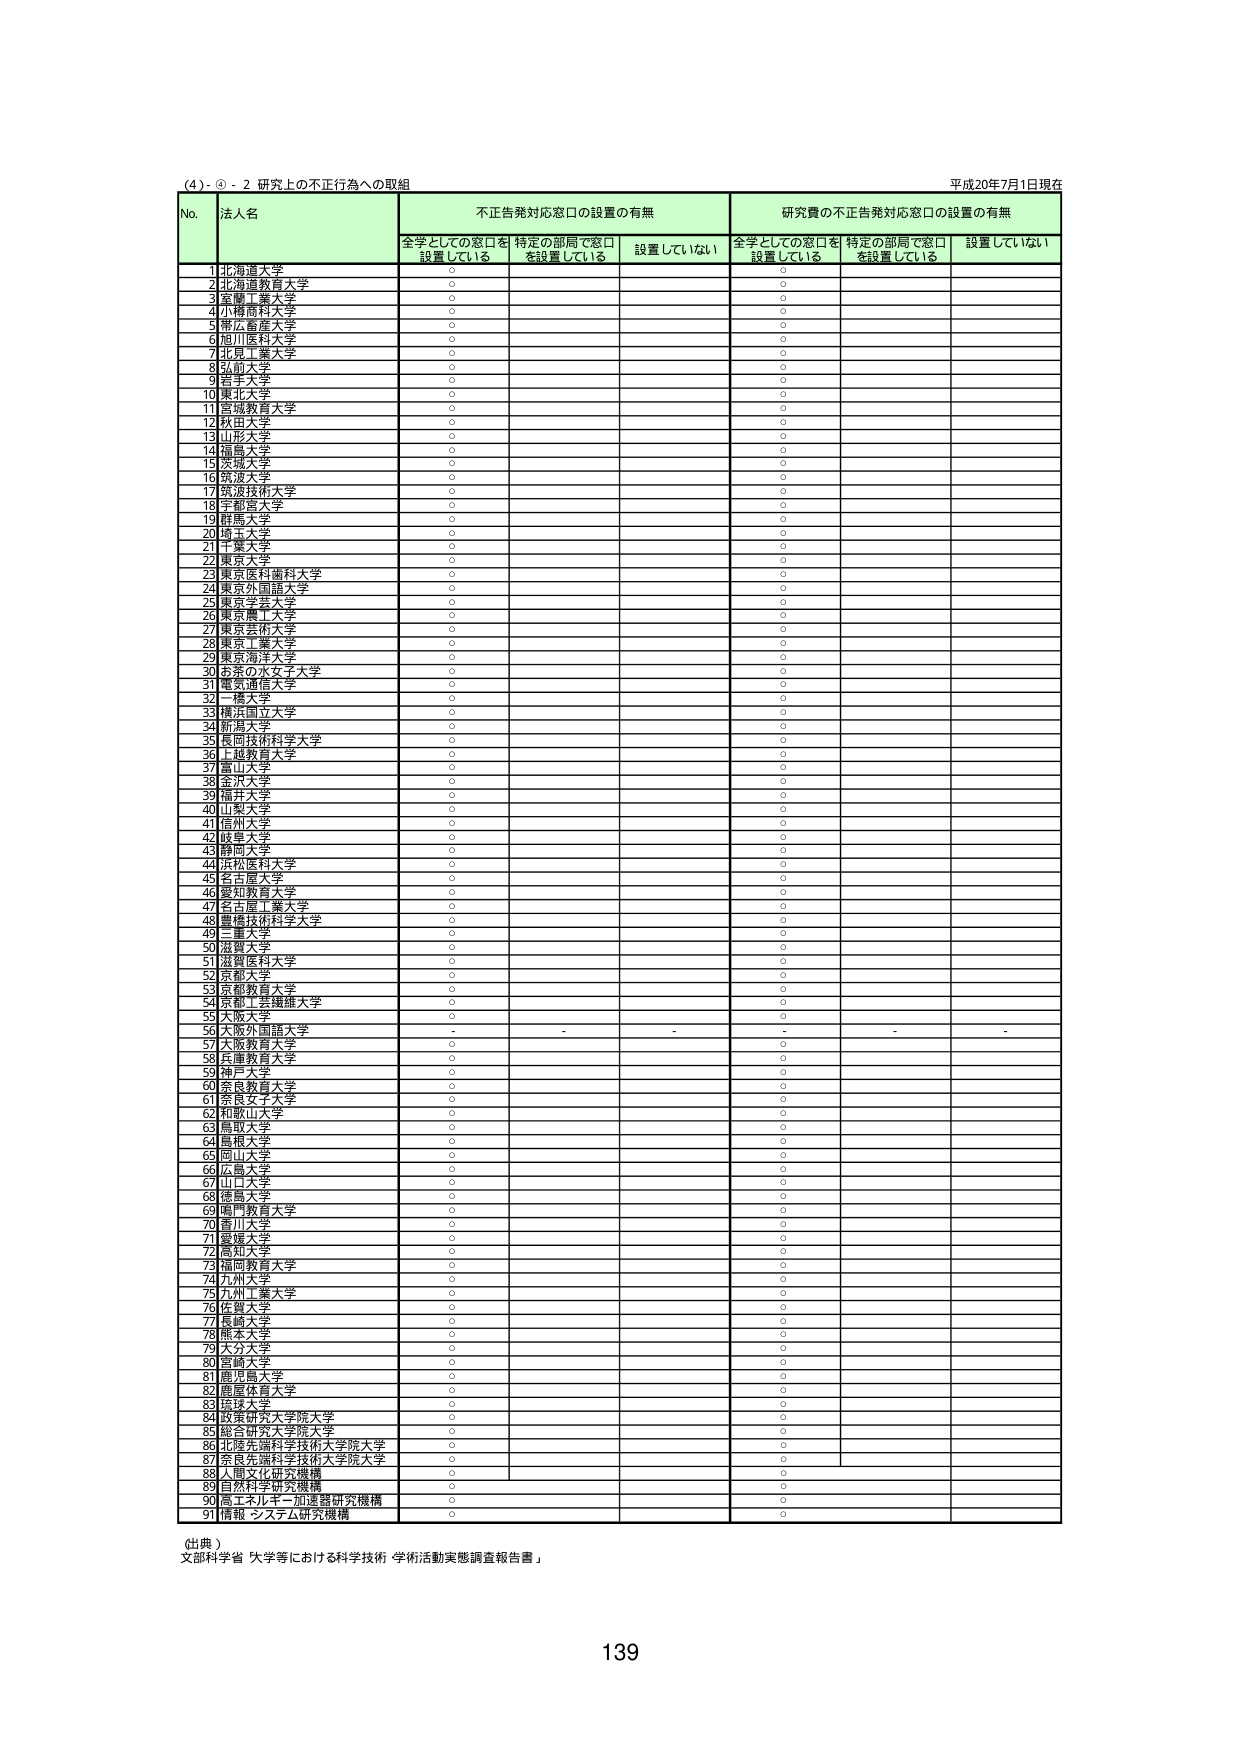
(4) - ④ - 2 研究上の不正行為への取組
平成20年7月1日現在

No. 法人名
不正告発対応窓口の設置の有無
研究費の不正告発対応窓口の設置の有無

全学としての窓口を 設置している
特定の部局で窓口 を設置している
設置していない
全学としての窓口を 設置している
特定の部局で窓口 を設置している
設置していない

1 北海道大学 ○ ○
2 北海道教育大学 ○ ○
3 室蘭工業大学 ○ ○
4 小樽商科大学 ○ ○
5 帯広畜産大学 ○ ○
6 旭川医科大学 ○ ○
7 北見工業大学 ○ ○
8 弘前大学 ○ ○
9 青森大学 ○ ○
10 東北大学 ○ ○
11 宮城教育大学 ○ ○
12 秋田大学 ○ ○
13 山形大学 ○ ○
14 福島大学 ○ ○
15 茨城大学 ○ ○
16 筑波大学 ○ ○
17 筑波技術大学 ○ ○
18 宇都宮大学 ○ ○
19 群馬大学 ○ ○
20 埼玉大学 ○ ○
21 千葉大学 ○ ○
22 東京大学 ○ ○
23 東京医科歯科大学 ○ ○
24 東京外国語大学 ○ ○
25 東京学芸大学 ○ ○
26 東京農工大学 ○ ○
27 東京芸術大学 ○ ○
28 東京工業大学 ○ ○
29 東京海洋大学 ○ ○
30 お茶の水女子大学 ○ ○
31 電気通信大学 ○ ○
32 一橋大学 ○ ○
33 横浜国立大学 ○ ○
34 新潟大学 ○ ○
35 長岡技術科学大学 ○ ○
36 上越教育大学 ○ ○
37 富山大学 ○ ○
38 金沢大学 ○ ○
39 福井大学 ○ ○
40 山梨大学 ○ ○
41 信州大学 ○ ○
42 岐阜大学 ○ ○
43 静岡大学 ○ ○
44 浜松医科大学 ○ ○
45 名古屋大学 ○ ○
46 愛知教育大学 ○ ○
47 名古屋工業大学 ○ ○
48 豊橋技術科学大学 ○ ○
49 三重大学 ○ ○
50 滋賀大学 ○ ○
51 滋賀医科大学 ○ ○
52 京都大学 ○ ○
53 京都教育大学 ○ ○
54 京都工芸繊維大学 ○ ○
55 大阪大学 ○ ○
56 大阪外国語大学 - - - - - -
57 大阪教育大学 ○ ○
58 兵庫教育大学 ○ ○
59 神戸大学 ○ ○
60 奈良教育大学 ○ ○
61 奈良女子大学 ○ ○
62 和歌山大学 ○ ○
63 鳥取大学 ○ ○
64 島根大学 ○ ○
65 岡山大学 ○ ○
66 広島大学 ○ ○
67 山口大学 ○ ○
68 徳島大学 ○ ○
69 高知教育大学 ○ ○
70 香川大学 ○ ○
71 愛媛大学 ○ ○
72 高知大学 ○ ○
73 福岡教育大学 ○ ○
74 九州大学 ○ ○
75 九州工業大学 ○ ○
76 佐賀大学 ○ ○
77 長崎大学 ○ ○
78 熊本大学 ○ ○
79 大分大学 ○ ○
80 宮崎大学 ○ ○
81 鹿児島大学 ○ ○
82 鹿屋体育大学 ○ ○
83 沖縄大学 ○ ○
84 総合研究大学院大学 ○ ○
85 総合研究大学院大学 ○ ○
86 北陸先端科学技術大学院大学 ○ ○
87 奈良先端科学技術大学院大学 ○ ○
88 人間文化研究機構 ○ ○
89 自然科学研究機構 ○ ○
90 高エネルギー加速器研究機構 ○ ○
91 情報・システム研究機構 ○ ○

(出典)
文部科学省「大学等における科学技術・学術活動実態調査報告書」

139